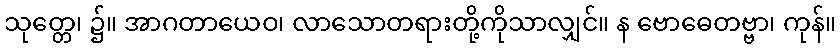
သုတ္တေ၊ ၌။ အာဂတာယေဝ၊ လာသောတရားတို့ကိုသာလျှင်။ န ဗောဓေတဗ္ဗာ၊ ကုန်။